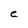
Character: e